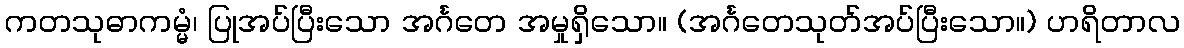
ကတသုဓာကမ္မံ၊ ပြုအပ်ပြီးသော အင်္ဂတေ အမှုရှိသော။ (အင်္ဂတေသုတ်အပ်ပြီးသော။) ဟရိတာလ